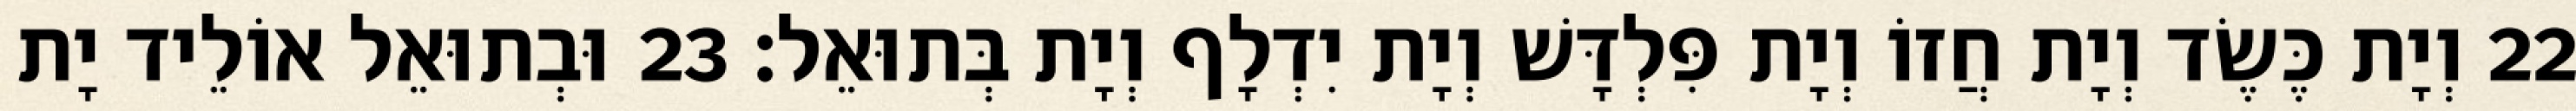
22 וְיָת כֶּשֶׂד וְיָת חֲזוֹ וְיָת פִּלְדָּשׁ וְיָת יִדְלָף וְיָת בְּתוּאֵל׃ 23 וּבְתוּאֵל אוֹלֵיד יָת